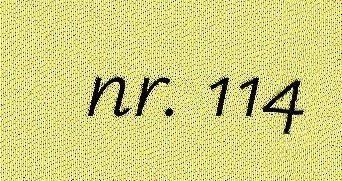
nr. 114